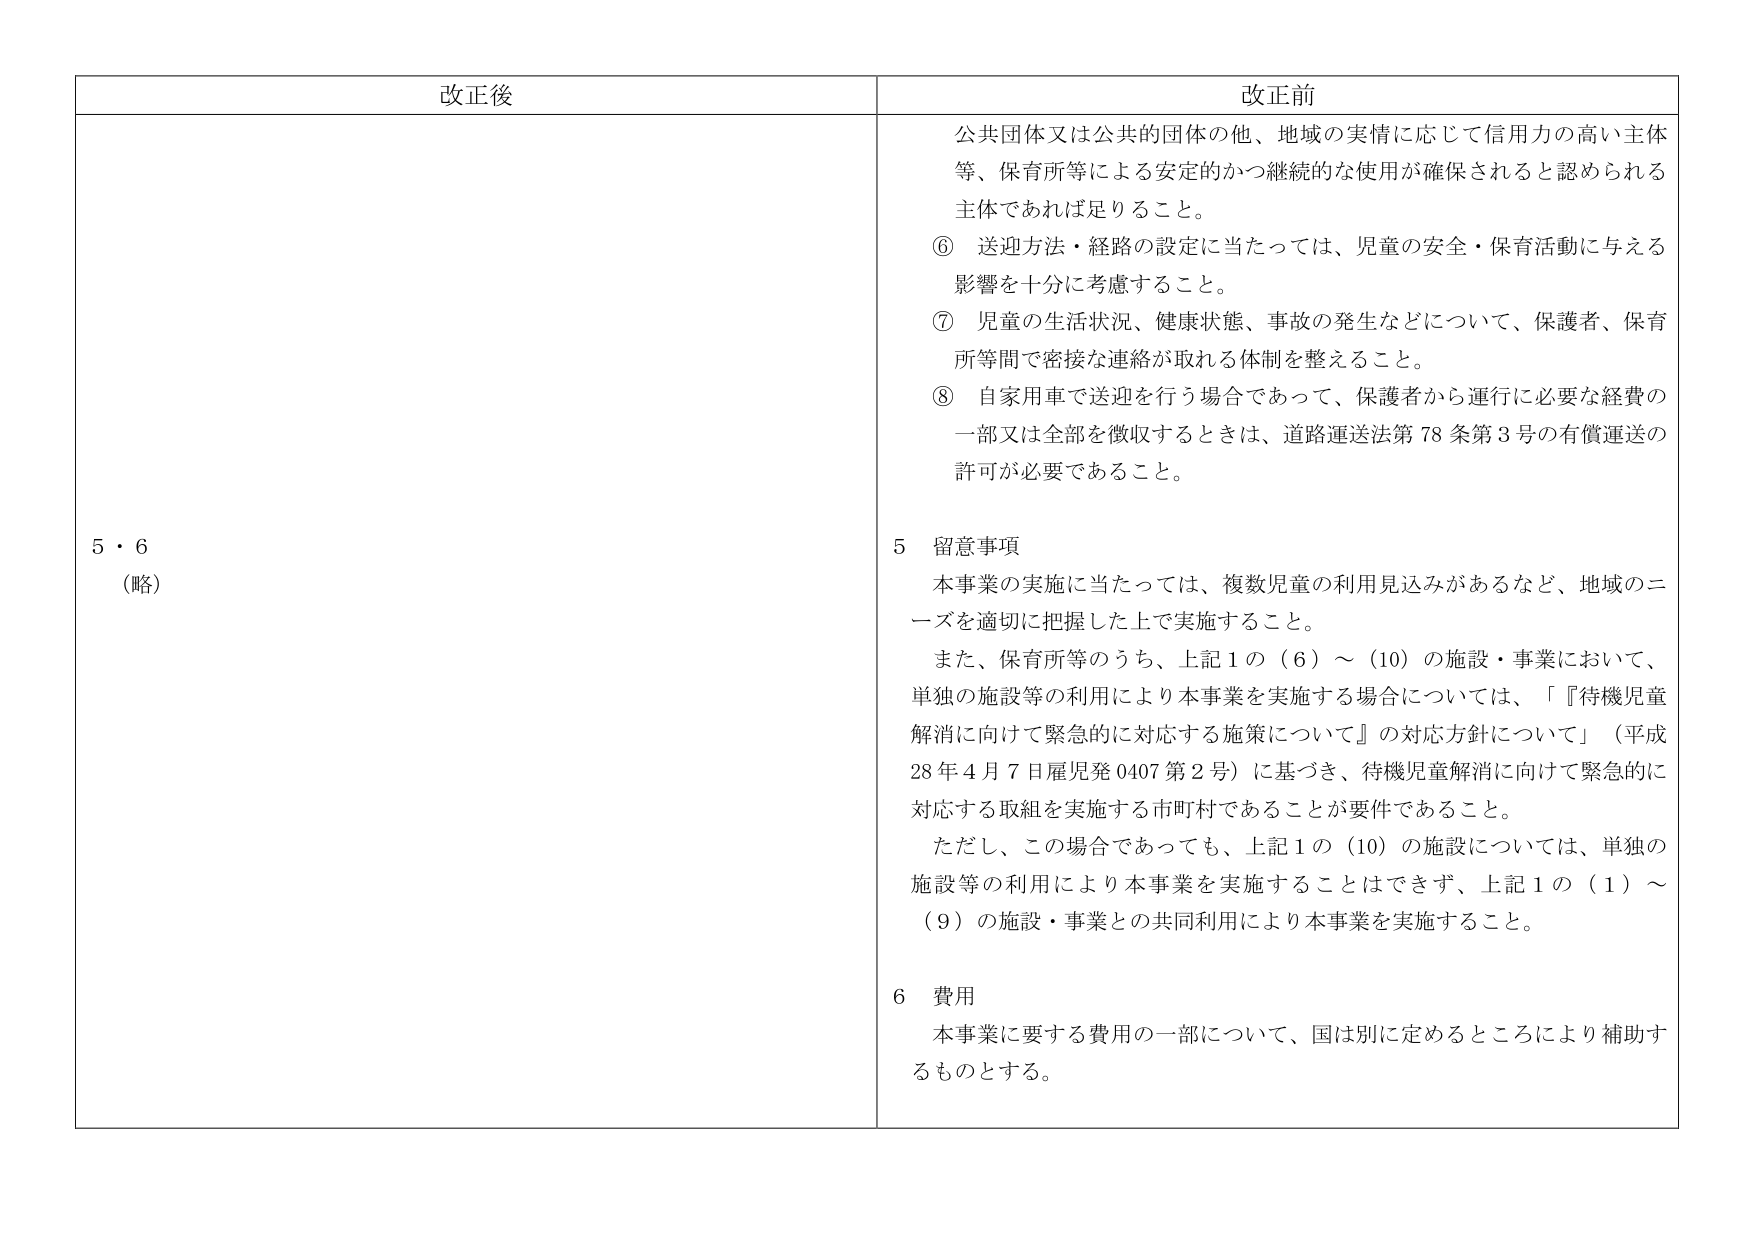
改正後

5・6
（略）

改正前

公共団体又は公共的団体の他、地域の実情に応じて信用力の高い主体等、保育所等による安定的かつ継続的な使用が確保されると認められる主体であれば足りること。

⑥ 送迎方法・経路の設定に当たっては、児童の安全・保育活動に与える影響を十分に考慮すること。

⑦ 児童の生活状況、健康状態、事故の発生などについて、保護者、保育所等間で密接な連絡が取れる体制を整えること。

⑧ 自家用車で送迎を行う場合であって、保護者から運行に必要な経費の一部又は全部を徴収するときは、道路運送法第78条第3号の有償運送の許可が必要であること。

5 留意事項

本事業の実施に当たっては、複数児童の利用見込みがあるなど、地域のニーズを適切に把握した上で実施すること。

また、保育所等のうち、上記1の（6）～（10）の施設・事業において、単独の施設等の利用により本事業を実施する場合については、「『待機児童解消に向けて緊急的に対応する施策について』の対応方針について」（平成28年4月7日雇児発0407第2号）に基づき、待機児童解消に向けて緊急的に対応する取組を実施する市町村であることが要件であること。

ただし、この場合であっても、上記1の（10）の施設については、単独の施設等の利用により本事業を実施することはできず、上記1の（1）～（9）の施設・事業との共同利用により本事業を実施すること。

6 費用

本事業に要する費用の一部について、国は別に定めるところにより補助するものとする。